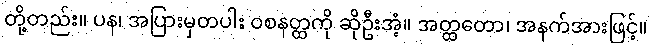
တို့တည်း။ ပန၊ အပြားမှတပါး ဝစနတ္ထကို ဆိုဦးအံ့။ အတ္ထတော၊ အနက်အားဖြင့်။